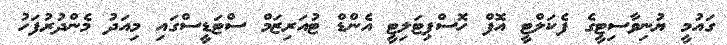
ގައުމީ ޔުނިވާސިޓީގެ ފެކަލްޓީ އޮފް ހޮސްޕިޓަލިޓީ އެންޑް ޓުއަރިޒަމް ސްޓަޑީސްގައި މިއަދު މެންދުރުފަހު